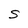
Character: S